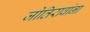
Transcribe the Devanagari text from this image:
जोतिरावांना